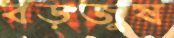
বড়জুষ